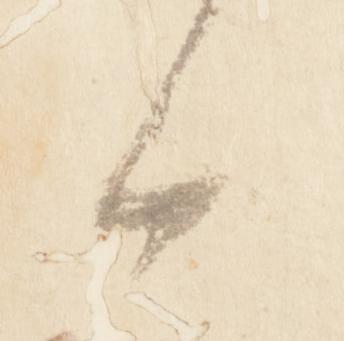
候